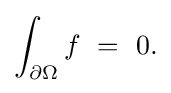
\displaystyle {\int _{\partial \Omega }f\,\,=\,\,0.}